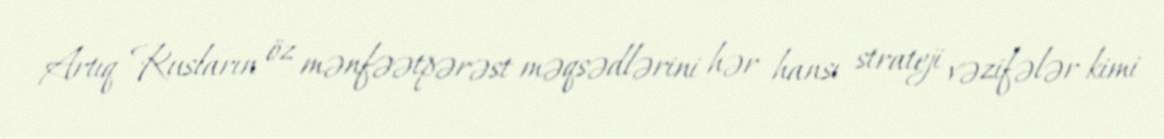
Artıq Rusların öz mənfəətpərəst məqsədlərini hər hansı strateji vəzifələr kimi